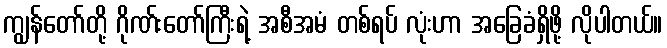
ကျွန်တော်တို့ ဂိုဏ်းတော်ကြီးရဲ့ အစီအမံ တစ်ရပ် လုံးဟာ အခြေခံရှိဖို့ လိုပါတယ်။